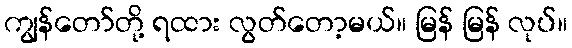
ကျွန်တော်တို့ ရထား လွတ်တော့မယ်။ မြန် မြန် လုပ်။